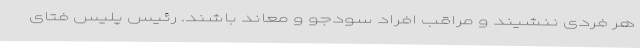
هر فردی ننشیند و مراقب افراد سودجو و معاند باشند. رئیس پلیس فتای